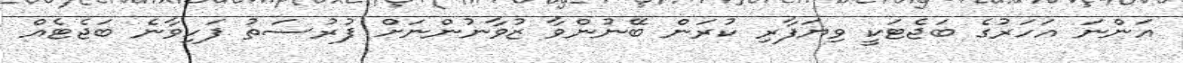
އަންނަ އަހަރުގެ ބަޖެޓަކީ ވިޔަފާރި ކުރަން ބޭނުންވާ ޒުވާނުންނަށް ފުރުސަތު ފަހިވާނެ ބަޖެޓެއް